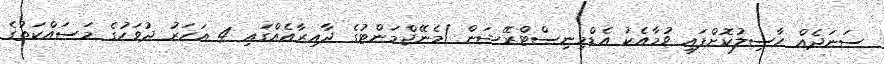
ސަނަދެއް ހާސިލުކޮށްފައި ވުމާއެކު އެޑްމިނިސްޓްރޭޝަން /މެނޭޖްމަންޓުގެ ދާއިރާއެއްގައި 4 އަހަރު ދުވަހުގެ މަސައްކަތުގެ